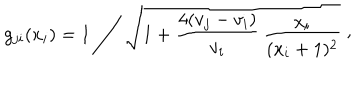
g _ { j i } ( x _ { i } ) = 1 \Biggm / \sqrt { 1 + { \frac { 4 ( v _ { j } - v _ { i } ) } { v _ { i } } } \, { \frac { x _ { i } } { ( x _ { i } + 1 ) ^ { 2 } } } } \ \raise 2 p t \mathrm { , }